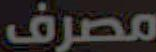
مصرف